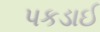
પકડાઈ